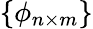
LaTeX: \{ \phi_{n\times m}\}